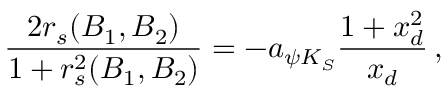
{ \frac { 2 r _ { s } ( B _ { 1 } , B _ { 2 } ) } { 1 + r _ { s } ^ { 2 } ( B _ { 1 } , B _ { 2 } ) } } = - a _ { \psi K _ { S } } { \frac { 1 + x _ { d } ^ { 2 } } { x _ { d } } } \, ,